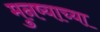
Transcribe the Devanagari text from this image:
मुनष्याच्या